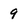
Character: 9